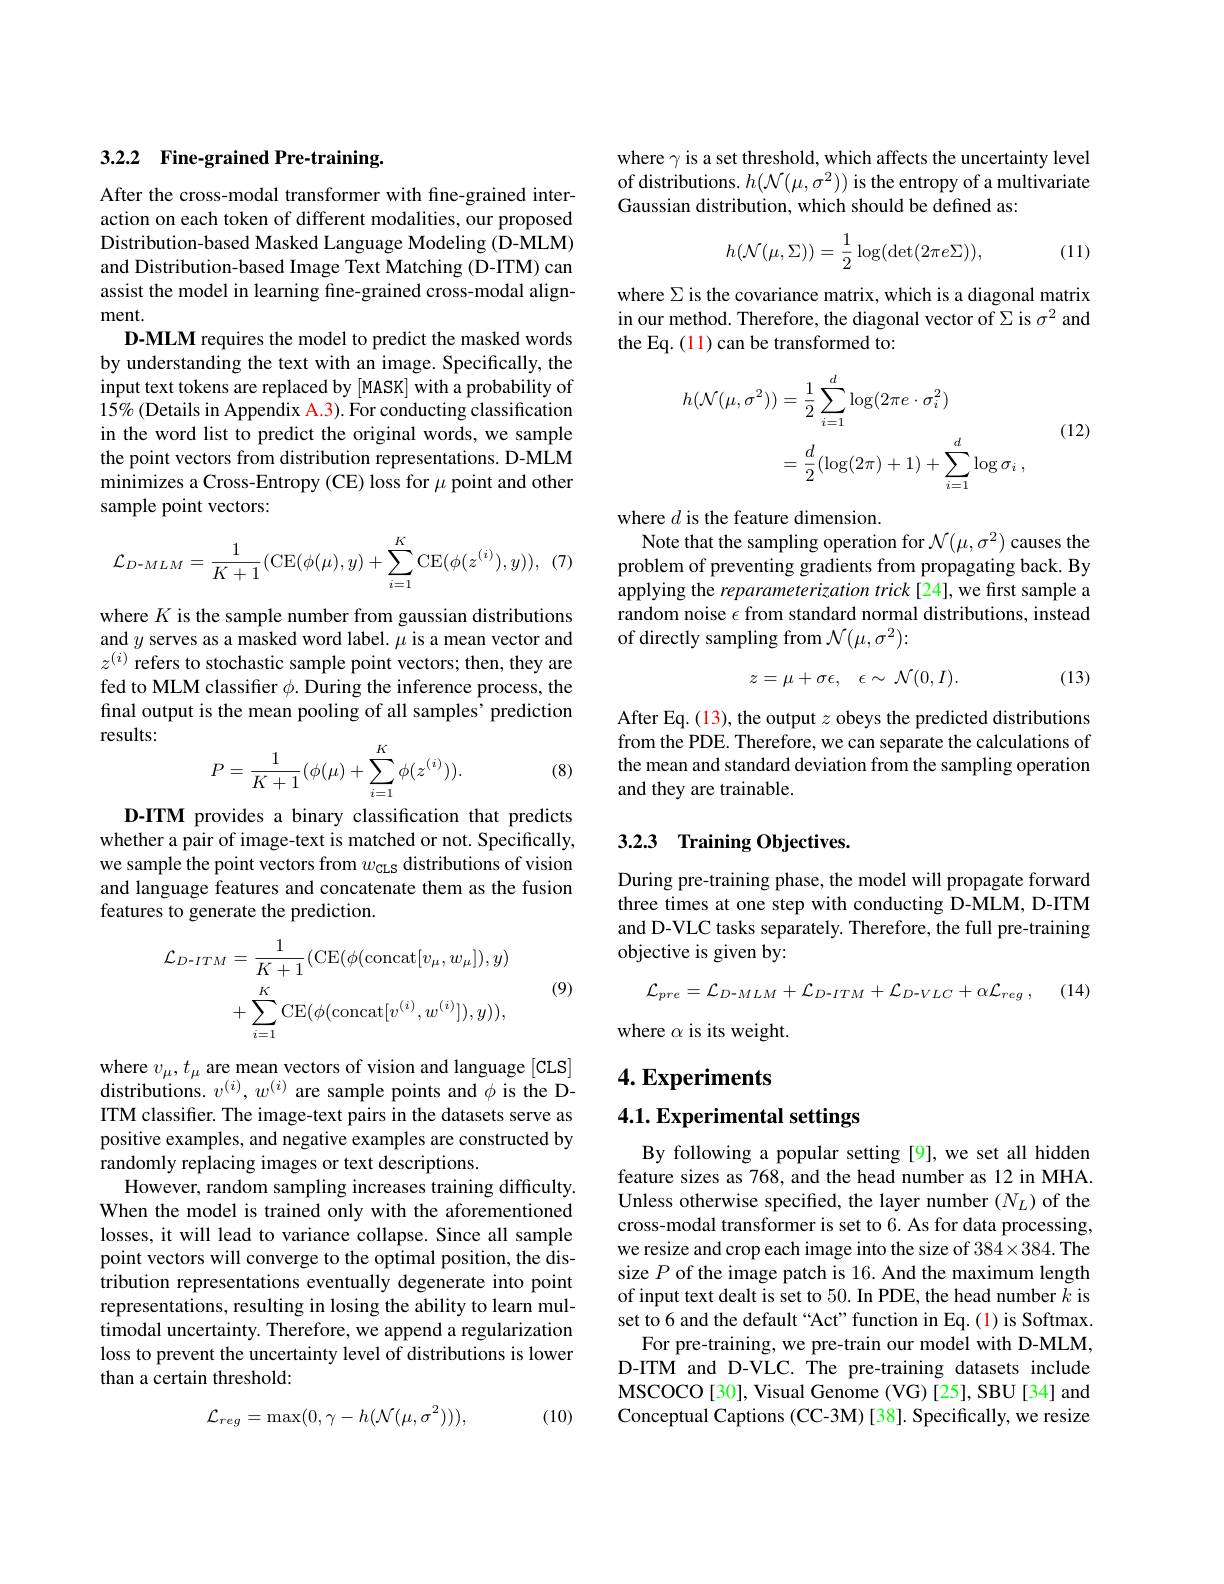
# 3.2.2 Fine-grained Pre-training.

After the cross-modal transformer with fine-grained interaction on each token of different modalities, our proposed Distribution-based Masked Language Modeling (D-MLM) and Distribution-based Image Text Matching (D-ITM) can assist the model in learning fine-grained cross-modal alignment.
D-MLM requires the model to predict the masked words by understanding the text with an image. Specifically, the input text tokens are replaced by [MASK] with a probability of $15\%$ (Details in Appendix A.3). For conducting classification in the word list to predict the original words, we sample the point vectors from distribution representations. D-MLM minimizes a Cross-Entropy (CE) loss for $\mu$ point and other sample point vectors:
$$\mathcal{L}_{D-MLM}=\frac{1}{K+1}(\mathrm{CE}(\phi(\mu),y)+\sum_{i=1}^{K}\mathrm{CE}(\phi(z^{(i)}),y)),$$
where $K$ is the sample number from gaussian distributions and $y$ serves as a masked word label. $\mu$ is a mean vector and $z^{(i)}$ refers to stochastic sample point vectors; then, they are fed to MLM classifier $\phi.$ During the inference process, the final output is the mean pooling of all samples' prediction results:
$$P=\frac{1}{K+1}(\phi(\mu)+\sum_{i=1}^{K}\phi(z^{(i)})).$$
(8)

D-ITM provides a binary classification that predicts whether a pair of image-text is matched or not. Specifically, we sample the point vectors from $w_\mathrm{CLS}$ distributions of vision and language features and concatenate them as the fusion features to generate the prediction.
$$\begin{aligned}\mathcal{L}_{D-ITM}&=\frac{1}{K+1}(\mathrm{CE}(\phi(\mathrm{concat}[v_{\mu},w_{\mu}]),y)\\&+\sum_{i=1}^{K}\mathrm{CE}(\phi(\mathrm{concat}[v^{(i)},w^{(i)}]),y)),\end{aligned}$$
(9)

where $v_\mu,t_\mu{\mathrm{~are~mean~vectors~of~vision~and~language~[CLS]}}$ distributions. $v^{(i)},w^{(i)}$ are sample points and $\phi$ is the DITM classifier. The image-text pairs in the datasets serve as positive examples, and negative examples are constructed by randomly replacing images or text descriptions.
However, random sampling increases training difficulty. When the model is trained only with the aforementioned losses, it will lead to variance collapse. Since all sample point vectors will converge to the optimal position, the distribution representations eventually degenerate into point representations, resulting in losing the ability to learn multimodal uncertainty. Therefore, we append a regularization loss to prevent the uncertainty level of distributions is lower than a certain threshold:

(10)
$$\mathcal{L}_{reg}=\max(0,\gamma-h(\mathcal{N}(\mu,\sigma^{2}))),$$
where $\gamma$ is a set threshold, which affects the uncertainty level of distributions. $h(\mathcal{N}(\mu,\sigma^{2}))$ is the entropy of a multivariate Gaussian distribution, which should be defined as:
$$h(\mathcal{N}(\mu,\Sigma))=\frac{1}{2}\log(\det(2\pi e\Sigma)),$$
(11)

where $\Sigma$ is the covariance matrix, which is a diagonal matrix in our method. Therefore, the diagonal vector of $\Sigma$ is $\sigma^2$ and the Eq. (11) can be transformed to:
$$\begin{aligned}h(\mathcal{N}(\mu,\sigma^{2}))&=\frac{1}{2}\sum_{i=1}^{d}\log(2\pi e\cdot\sigma_{i}^{2})\\&=\frac d2(\log(2\pi)+1)+\sum_{i=1}^d\log\sigma_i\:,\end{aligned}$$
(12)

where $d$ is the feature dimension.
Note that the sampling operation for $\mathcal{N}(\mu,\sigma^2)$ causes the problem of preventing gradients from propagating back. By applying the reparameterization trick[24], we first sample a random noise $\epsilon$ from standard normal distributions, instead of directly sampling from $\mathcal{N}(\mu,\sigma^2):$
$$z=\mu+\sigma\epsilon,\quad\epsilon\sim\:\mathcal{N}(0,I).$$
(13)

After Eq. (13), the output $z$ obeys the predicted distributions from the PDE. Therefore, we can separate the calculations of the mean and standard deviation from the sampling operation and they are trainable.

## 3.2.3 Training Objectives.

During pre-training phase, the model will propagate forward three times at one step with conducting D-MLM, D-ITM and D-VLC tasks separately. Therefore, the full pre-training objective is given by:

(14)
$$\mathcal{L}_{pre}=\mathcal{L}_{D-MLM}+\mathcal{L}_{D-ITM}+\mathcal{L}_{D-VLC}+\alpha\mathcal{L}_{reg}\:,$$
where $\alpha$ is its weight.

$4. \textbf{Experiments}$

# 4.1. Experimental settings

By following a popular setting [9], we set all hidden feature sizes as 768, and the head number as 12 in MHA. Unless otherwise specified, the layer number $(N_L)$ of the cross-modal transformer is set to 6. As for data processing, we resize and crop each image into the size of $384\times384.$ The size $P$ of the image patch is 16.And the maximum length of input text dealt is set to 50. In PDE, the head number $k$ is set to 6 and the default “Act”function in Eq.(1) is Softmax.
For pre-training, we pre-train our model with D-MLM, D-ITM and D-VLC. The pre-training datasets include MSCOCO[30], Visual Genome (VG) [25], SBU [34] and Conceptual Captions (CC-3M)[38]. Specifically, we resize